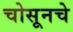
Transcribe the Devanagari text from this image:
चोसूनचे